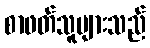
စာဖတ်သူများသည်